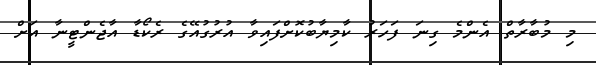
މި މުބާރާތް އެންމެ ގިނަ ފަހަރު ކާމިޔާބުކޮށްފައިވާ އުރުގުއޭގެ ރެކޯޑާ އާޖެންޓީނާ އަށް